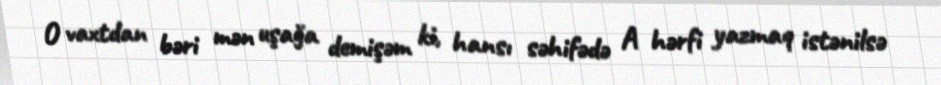
O vaxtdan bəri mən uşağa demişəm ki, hansı səhifədə A hərfi yazmaq istənilsə